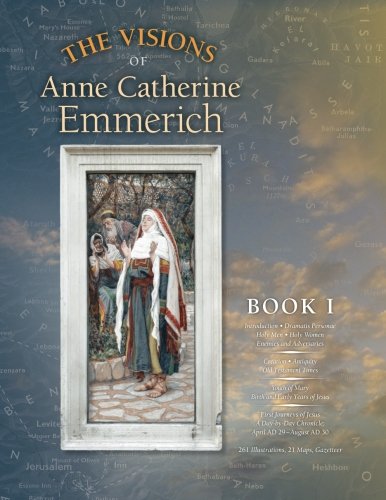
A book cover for The Visions of Anne Catherine Emmerich (Deluxe Edition), Book I: Dramatis Personae - Creation - Antiquity Old Testament Times - Youth of Mary - Birth ... of Jesus - First Journeys of Jesus (Volume 1); Anne Catherine Emmerich; Christian Books & Bibles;